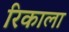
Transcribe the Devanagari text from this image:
रिकाला